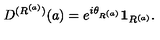
D ^ { ( R ^ { ( a ) } ) } ( a ) = e ^ { i \theta _ { R ^ { ( a ) } } } { \bf 1 } _ { R ^ { ( a ) } } .